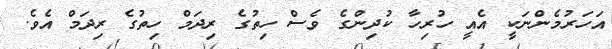
އަހަރުމެންނަކީ އެއީ ހުރިހާ ކުދިންގެ ވެސް ހިތުގެ ރިދަމް ހިތުގެ ރިދަމް އެވެ.